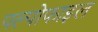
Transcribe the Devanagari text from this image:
पल्पोफाइल